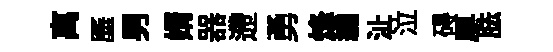
离厜男婿器遰勇烽繡沚泣碍厚胠